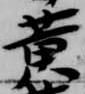
黄